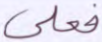
فعلى